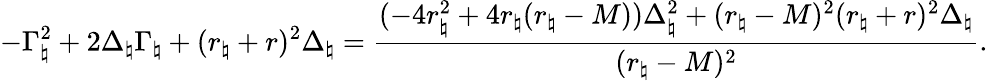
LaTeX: -\Gamma_{\natural}^{2}+2\Delta_{\natural}\Gamma_{\natural}+(r_{\natural}+r)^{2}\Delta_{\natural}=\frac{(-4r_{\natural}^{2}+4r_{\natural}(r_{\natural}-M))\Delta_{\natural}^{2}+(r_{\natural}-M)^{2}(r_{\natural}+r)^{2}\Delta_{\natural}}{(r_{\natural}-M)^{2}}.